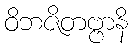
ဝိဘဇိတဗ္ဗာနိ